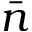
\bar { n }